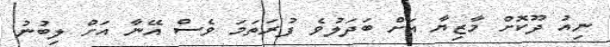
ނިއު ދޫކޮށް މާޒިޔާ އަށް ބަދަލުވެ ފުރަތަމަ ވެސް އޭނާ އަށް ލިބުނު